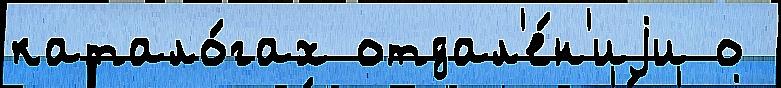
катало́гах отдал'е́н'иjи о